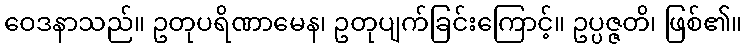
ဝေဒနာသည်။ ဥတုပရိဏာမေန၊ ဥတုပျက်ခြင်းကြောင့်။ ဥပ္ပဇ္ဇတိ၊ ဖြစ်၏။